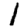
Digit: 1